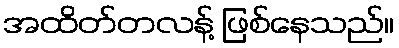
အထိတ်တလန့် ဖြစ်နေသည်။